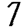
Digit: 7